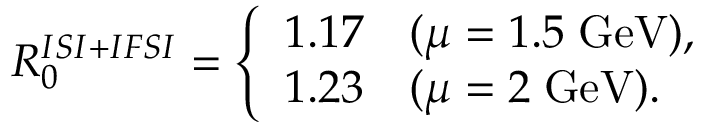
{ \cal R } _ { 0 } ^ { I S I + I F S I } = \left\{ \begin{array} { c l } { { 1 . 1 7 } } & { { ( \mu = 1 . 5 \; \mathrm { G e V } ) , } } \\ { { 1 . 2 3 } } & { { ( \mu = 2 \; \mathrm { G e V } ) . } } \end{array} \right.